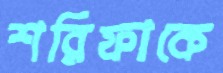
শরিফাকে